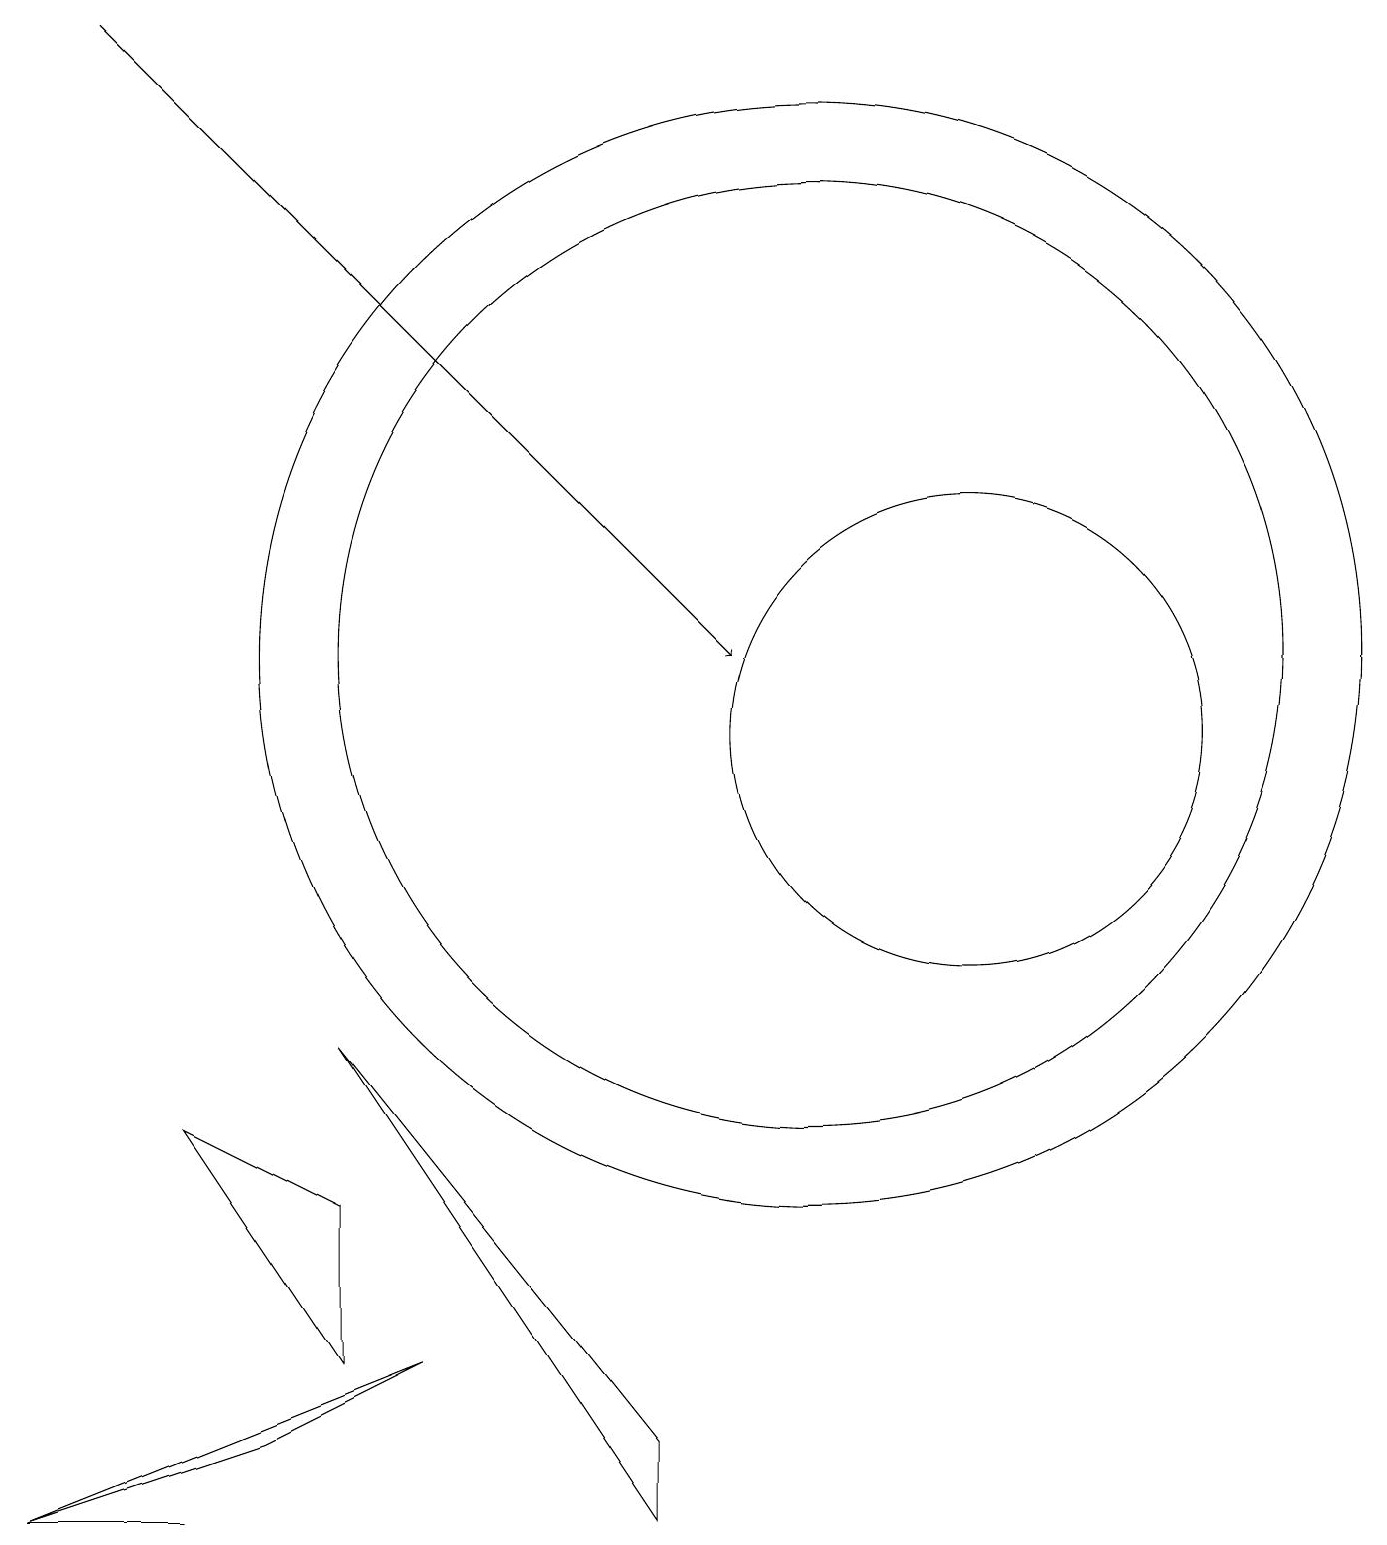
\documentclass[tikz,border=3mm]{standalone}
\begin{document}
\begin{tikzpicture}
\draw (10,11) circle (7);
\draw (12,10) circle (3);
\draw (2,0) -- (0,0) -- (2,0) -- cycle;
\draw (3,1) -- (0,0) -- (5,2) -- cycle;
\draw[->] (1,19) -- (9,11);
\draw (4,2) -- (4,4) -- (2,5) -- cycle;
\draw (10,11) circle (6);
\draw (8,1) -- (4,6) -- (8,0) -- cycle;
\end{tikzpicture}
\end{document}